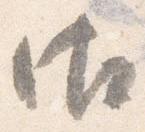
御